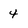
Character: 4